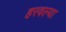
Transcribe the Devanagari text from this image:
हरवल्या